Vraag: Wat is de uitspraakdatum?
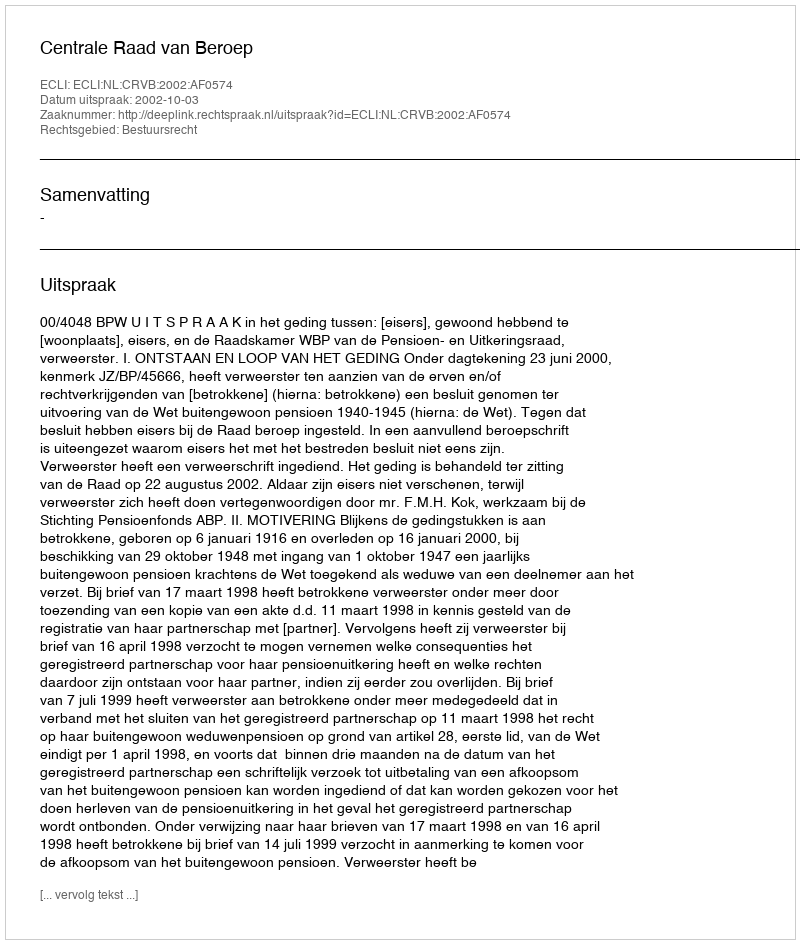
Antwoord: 2002-10-03